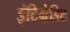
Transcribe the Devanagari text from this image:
इंटिग्रेडिट